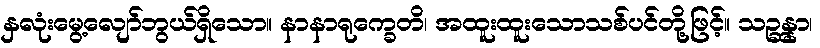
နှလုံးမွေ့လျော်ဘွယ်ရှိသော။ နာနာရုက္ခေတိ၊ အထူးထူးသောသစ်ပင်တို့ဖြင့်။ သဉ္ဆန္နာ၊